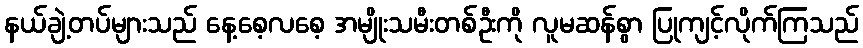
နယ်ချဲ့တပ်များသည် နေ့စေ့လစေ့ အမျိုးသမီးတစ်ဦးကို လူမဆန်စွာ ပြုကျင့်လိုက်ကြသည်